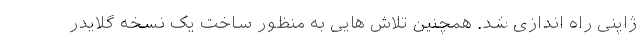
ژاپنی راه اندازی شد. همچنین تلاش هایی به منظور ساخت یک نسخه گلایدر